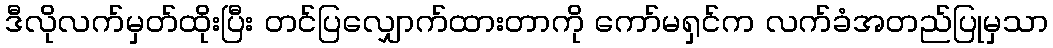
ဒီလိုလက်မှတ်ထိုးပြီး တင်ပြလျှောက်ထားတာကို ကော်မရှင်က လက်ခံအတည်ပြုမှသာ